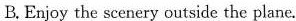
B. Enjoy the scenery outside the plane.